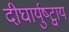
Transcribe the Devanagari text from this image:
दीघार्युष्ट्वाय